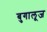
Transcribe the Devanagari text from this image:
बुगालूज